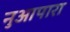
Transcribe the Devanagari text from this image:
नुआपारा